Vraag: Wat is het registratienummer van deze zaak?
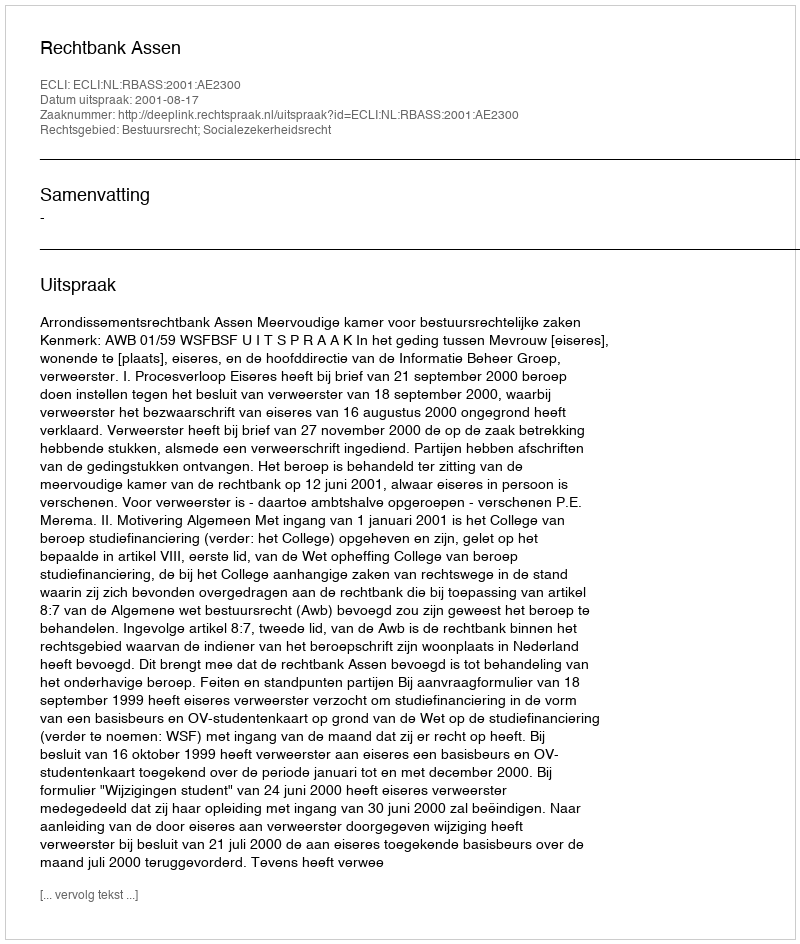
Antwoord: http://deeplink.rechtspraak.nl/uitspraak?id=ECLI:NL:RBASS:2001:AE2300